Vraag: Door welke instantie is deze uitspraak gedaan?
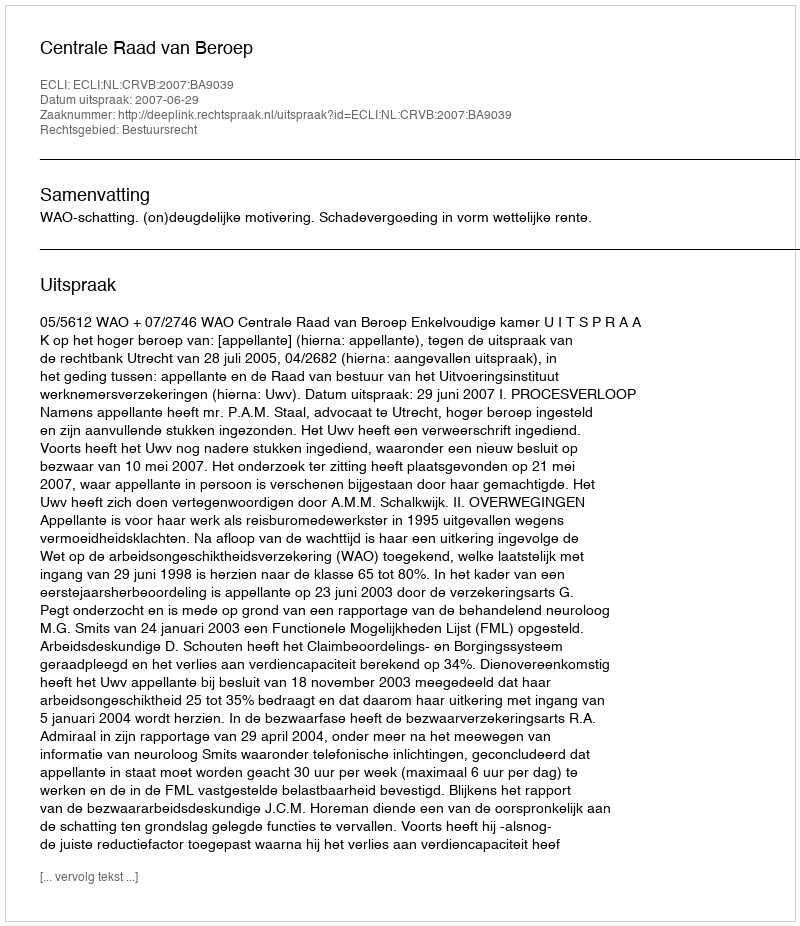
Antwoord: Centrale Raad van Beroep